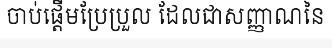
ចាប់ផ្តើមប្រែប្រួល ដែលជាសញ្ញាណនៃ